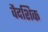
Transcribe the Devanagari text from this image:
वैदशिक